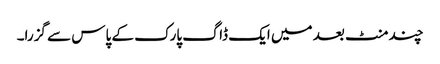
چند منٹ بعد میں ایک ڈاگ پارک کے پاس سے گزرا۔